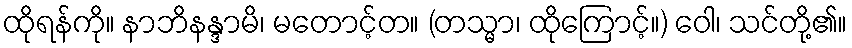
ထိုရန်ကို။ နာဘိနန္ဒာမိ၊ မတောင့်တ။ (တသ္မာ၊ ထိုကြောင့်။) ဝေါ၊ သင်တို့၏။